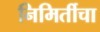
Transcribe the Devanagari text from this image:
निमिर्तीचा